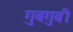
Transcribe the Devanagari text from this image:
गुबगुबी